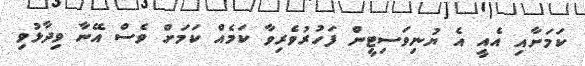
ކަމަށާއި އެއީ އެ ޔުނިވަސިޓީން ފަހުރުވެރިވާ ކަމެއް ކަމަށް ވެސް އޭނާ ވިދާޅުވި